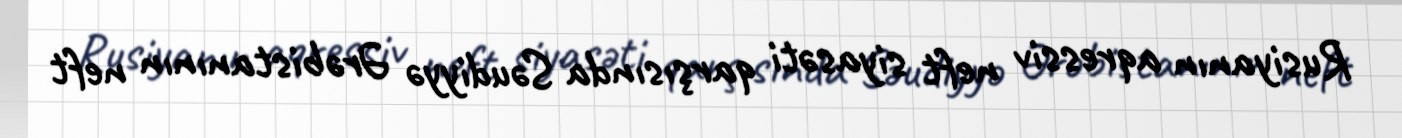
Rusiyanın aqressiv neft siyasəti qarşısında Səudiyyə Ərəbistanının neft